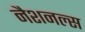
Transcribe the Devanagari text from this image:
नैशनल्स